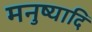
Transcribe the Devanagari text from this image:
मनुष्यादि